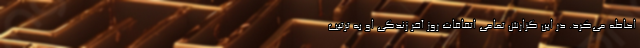
احاطه می‌کرد. در این گزارش تمامی اتفاقات روز آخر زندگی او به ترتیب